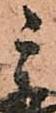
秀